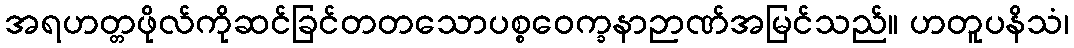
အရဟတ္တဖိုလ်ကိုဆင်ခြင်တတသောပစ္စဝေက္ခနာဉာဏ်အမြင်သည်။ ဟတူပနိသံ၊